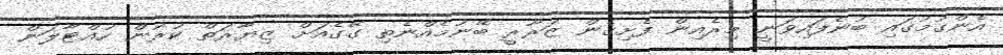
އެންގުމުގައި ބުނެފައިވަނީ މިރެއިން ފެށިގެން ޒަރޫރީ ބޭނުމެއްނެތި ގޭގެއަށް ޒިޔާރަތް ކުރުން ހުއްޓާލަން